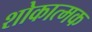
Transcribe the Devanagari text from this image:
शोकात्मक